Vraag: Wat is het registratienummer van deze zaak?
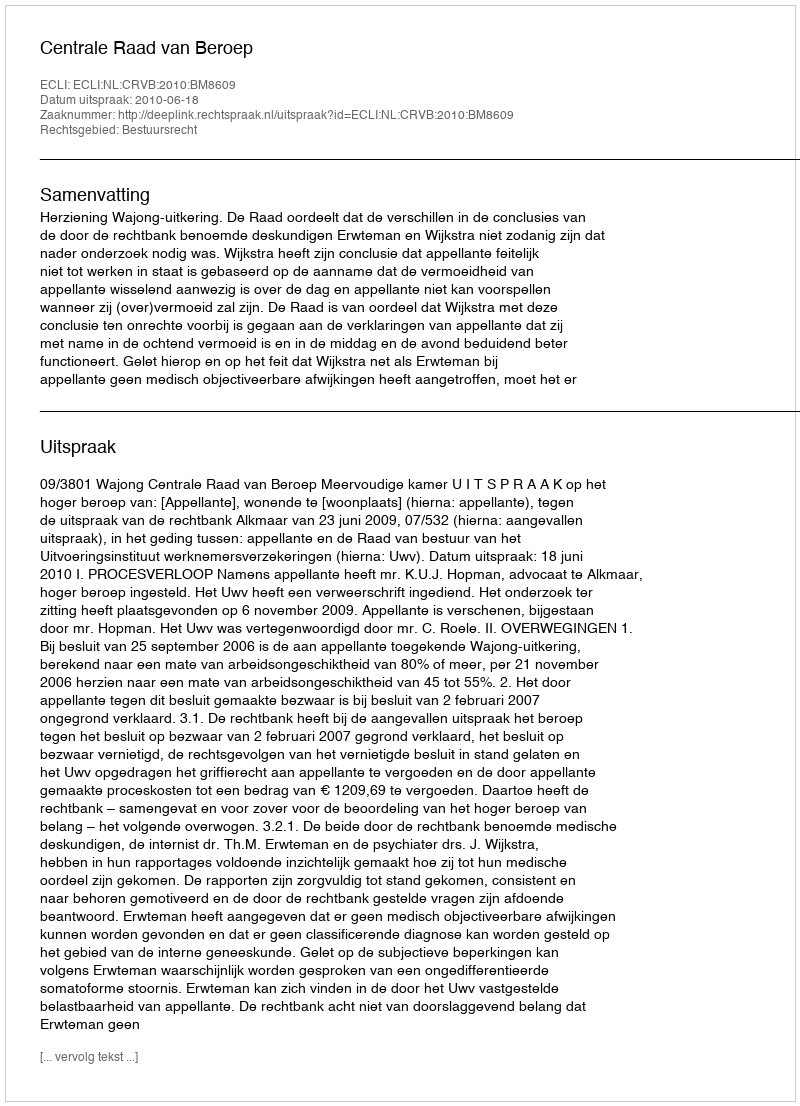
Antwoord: http://deeplink.rechtspraak.nl/uitspraak?id=ECLI:NL:CRVB:2010:BM8609